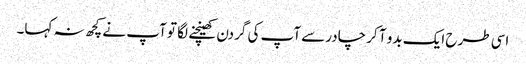
اسی طرح ایک بدو آ کر چادرسے آپ کی گردن کھینچنے لگا تو آپ نے کچھ نہ کہا۔